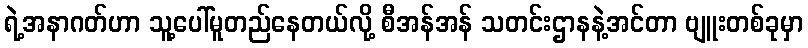
ရဲ့အနာဂတ်ဟာ သူ့ပေါ်မူတည်နေတယ်လို့ စီအန်အန် သတင်းဌာနနဲ့အင်တာ ဗျူးတစ်ခုမှာ